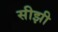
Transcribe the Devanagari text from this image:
सीझी